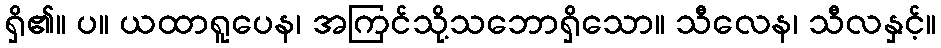
ရှိ၏။ ပ။ ယထာရူပေန၊ အကြင်သို့သဘောရှိသော။ သီလေန၊ သီလနှင့်။